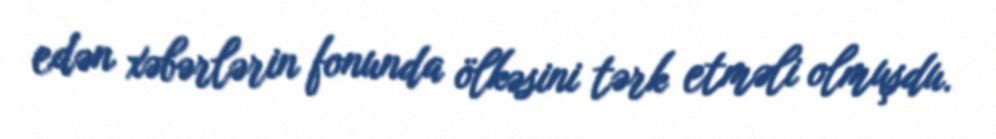
edən xəbərlərin fonunda ölkəsini tərk etməli olmuşdu.